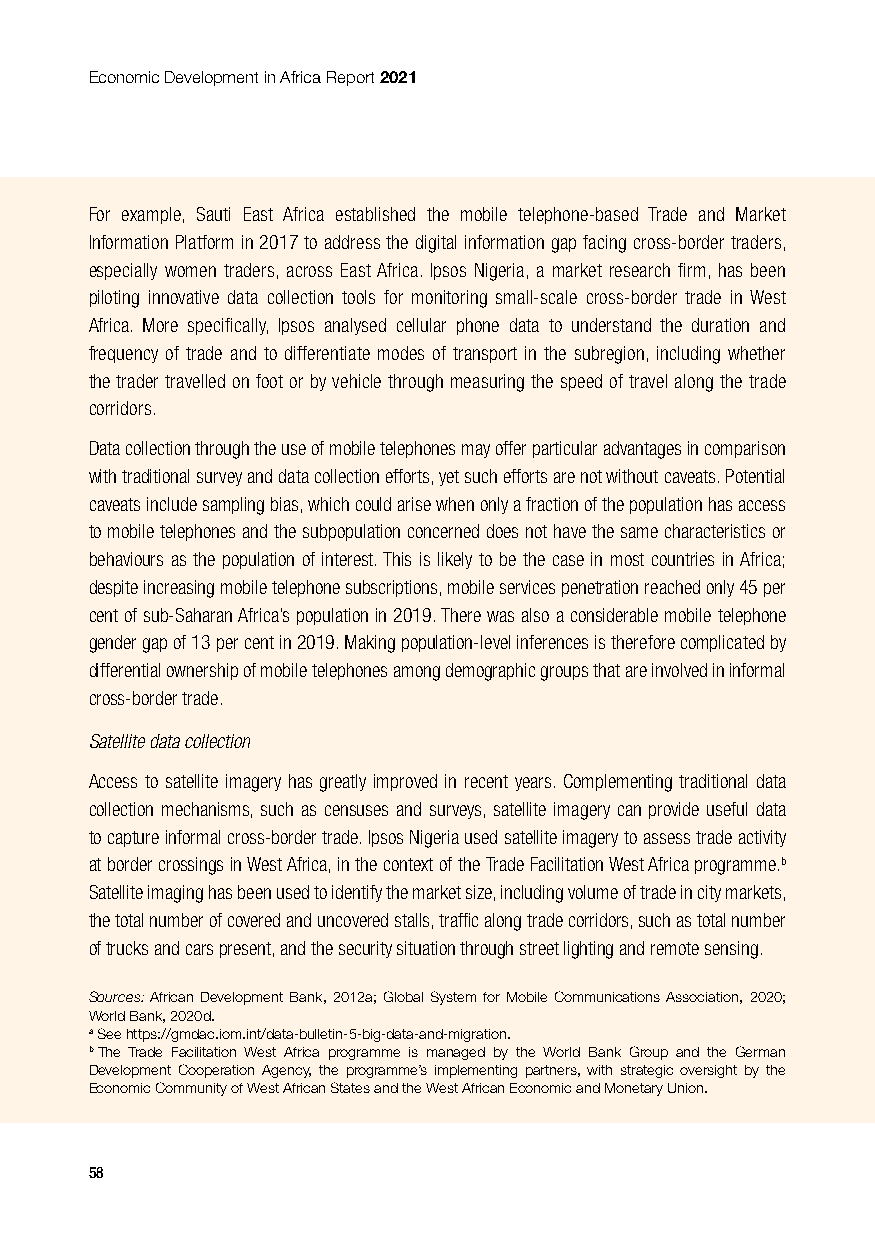
Economic Development in Africa Report 2021
 For example, Sauti East Africa established the mobile telephone-based Trade and Market
 Information Platform in 2017 to address the digital information gap facing cross-border traders,
 especially women traders, across East Africa. Ipsos Nigeria, a market research firm, has been
 piloting innovative data collection tools for monitoring small-scale cross-border trade in West
 Africa. More specifically, Ipsos analysed cellular phone data to understand the duration and
 frequency of trade and to differentiate modes of transport in the subregion, including whether
 the trader travelled on foot or by vehicle through measuring the speed of travel along the trade
 corridors.
 Data collection through the use of mobile telephones may offer particular advantages in comparison
 with traditional survey and data collection efforts, yet such efforts are not without caveats. Potential
 caveats include sampling bias, which could arise when only a fraction of the population has access
 to mobile telephones and the subpopulation concerned does not have the same characteristics or
 behaviours as the population of interest. This is likely to be the case in most countries in Africa;
 despite increasing mobile telephone subscriptions, mobile services penetration reached only 45 per
 cent of sub-Saharan Africa’s population in 2019. There was also a considerable mobile telephone
 gender gap of 13 per cent in 2019. Making population-level inferences is therefore complicated by
 differential ownership of mobile telephones among demographic groups that are involved in informal
 cross-border trade.
 Satellite data collection
 Access to satellite imagery has greatly improved in recent years. Complementing traditional data
 collection mechanisms, such as censuses and surveys, satellite imagery can provide useful data
 to capture informal cross-border trade. Ipsos Nigeria used satellite imagery to assess trade activity
 at border crossings in West Africa, in the context of the Trade Facilitation West Africa programme.b
 Satellite imaging has been used to identify the market size, including volume of trade in city markets,
 the total number of covered and uncovered stalls, traffic along trade corridors, such as total number
 of trucks and cars present, and the security situation through street lighting and remote sensing.
 Sources: African Development Bank, 2012a; Global System for Mobile Communications Association, 2020;
 World Bank, 2020d.
 a See https://gmdac.iom.int/data-bulletin-5-big-data-and-migration.
 b The Trade Facilitation West Africa programme is managed by the World Bank Group and the German
 Development Cooperation Agency, the programme’s implementing partners, with strategic oversight by the
 Economic Community of West African States and the West African Economic and Monetary Union.
 58